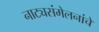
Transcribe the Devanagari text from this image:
नाट्यसंमेलनांचे